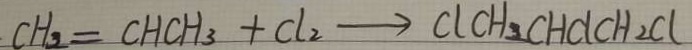
C H _ { 2 } = C H C H _ { 3 } + C l _ { 2 } \rightarrow C l C H _ { 2 } C H C l H _ { 2 } C l